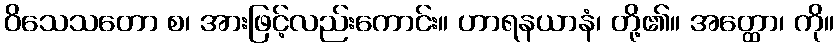
ဝိသေသတော စ၊ အားဖြင့်လည်းကောင်း။ ဟာရနယာနံ၊ တို့၏။ အတ္ထော၊ ကို။